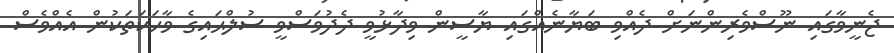
ޖެނީވާގައި ނޫސްވެރިންނަށް ދެއްވި ބަޔާނެއްގައި ޔާސީން ވިދާޅުވީ ދެދުވަސްވީ ސުލްޙައިގެ ވާހަކަތަކުން އެއްވެސް